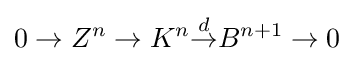
0\to Z^{n}\to K^{n}{\overset {d}{\to }}B^{n+1}\to 0